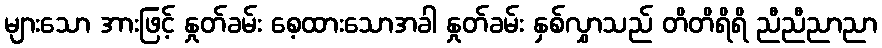
များသော အားဖြင့် နှုတ်ခမ်း စေ့ထားသောအခါ နှုတ်ခမ်း နှစ်လွှာသည် တိတိရိရိ ညီညီညာညာ